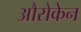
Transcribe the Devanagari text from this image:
औरोकेन